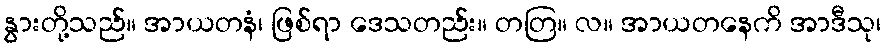
နွားတို့သည်။ အာယတနံ၊ ဖြစ်ရာ ဒေသတည်း။ တတြ။ လ။ အာယတနေကိ အာဒီသု၊